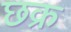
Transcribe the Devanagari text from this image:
छक्र